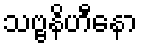
သဗ္ဗနိဟီနော